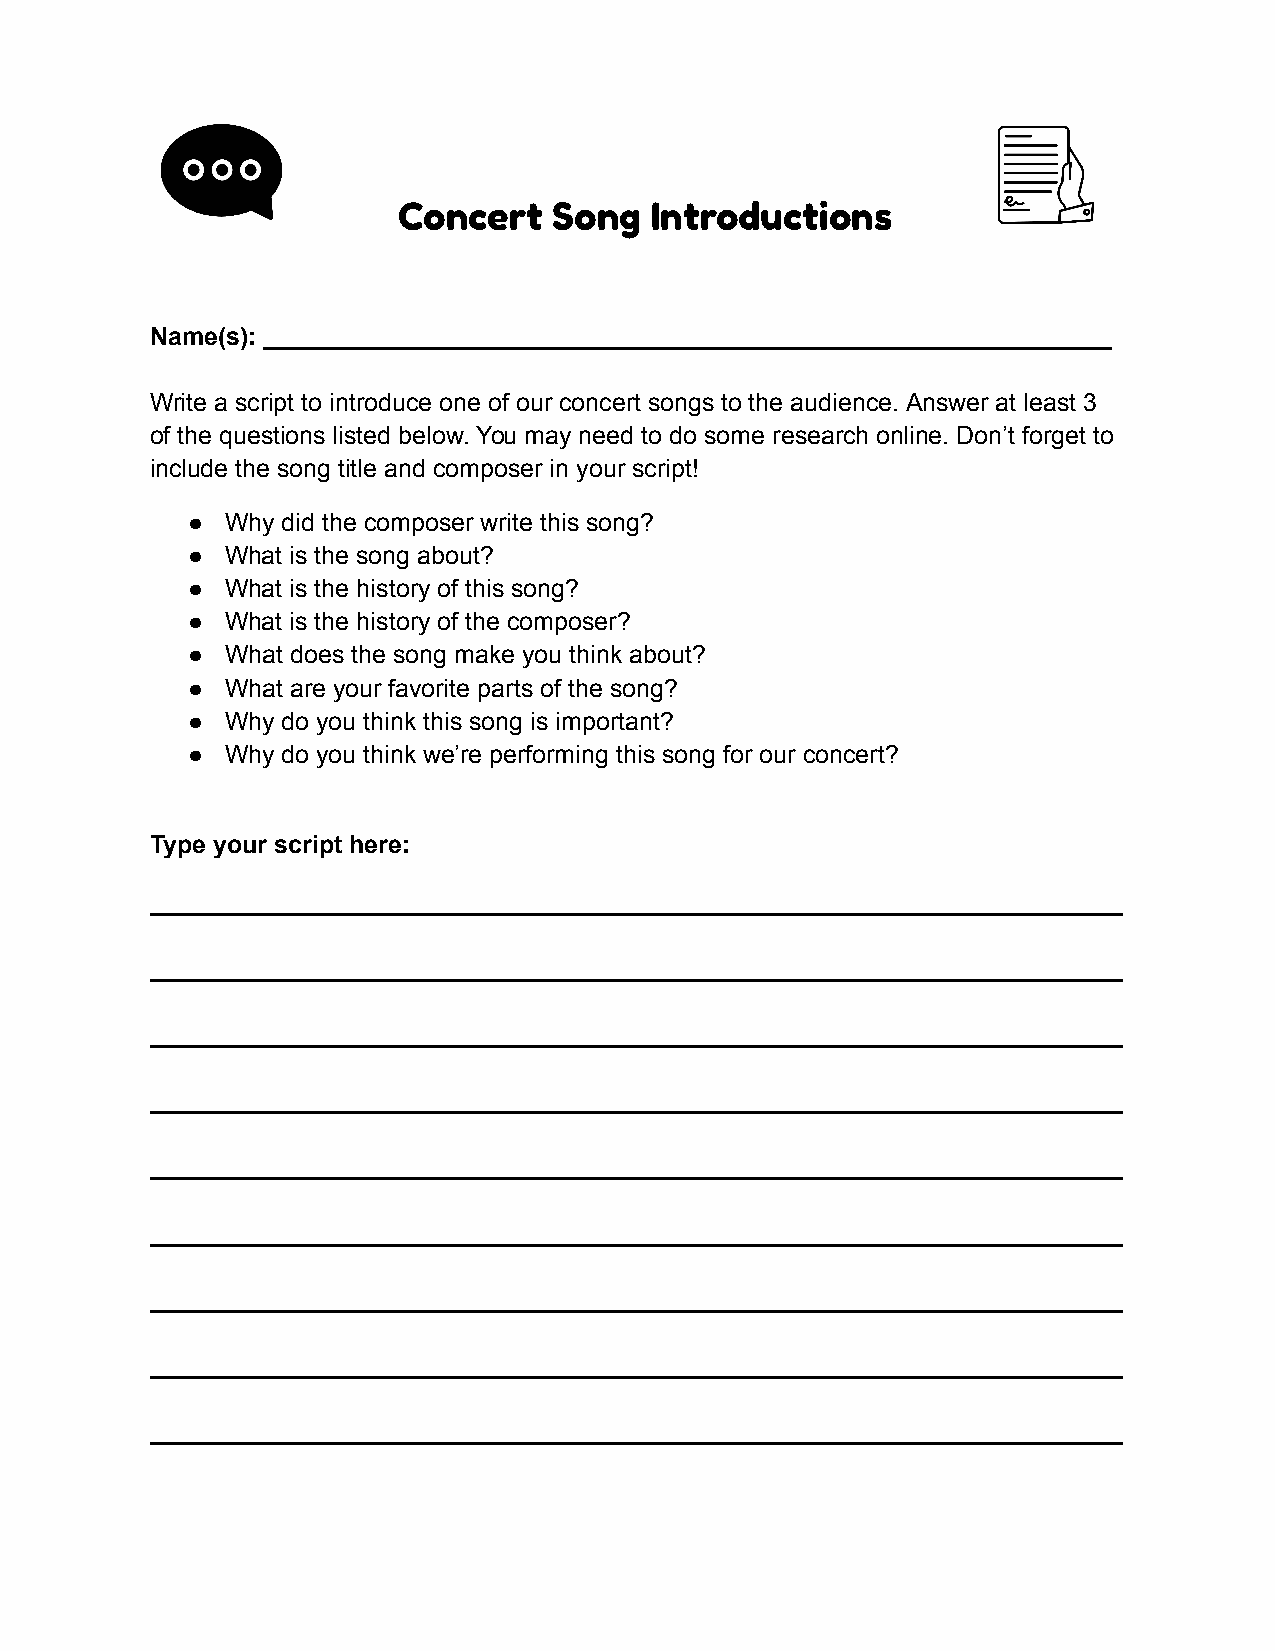
Concert    Song  Introductions
 Name(s): _____________________________________________________________
 Write a script to introduce one of our concert songs to the audience. Answer at least 3
 of the questions listed below. You may need to do some research online. Don’t forget to
 include the song title and composer in your script!
 ●  Why did the composer write this song?
 ●  What is the song about?
 ●  What is the history of this song?
 ●  What is the history of the composer?
 ●  What does the song make you think about?
 ●  What are your favorite parts of the song?
 ●  Why do you think this song is important?
 ●  Why do you think we’re performing this song for our concert?
 Type your script here:
 ______________________________________________________________________
 ______________________________________________________________________
 ______________________________________________________________________
 ______________________________________________________________________
 ______________________________________________________________________
 ______________________________________________________________________
 ______________________________________________________________________
 ______________________________________________________________________
 ______________________________________________________________________